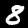
Digit: 8